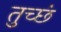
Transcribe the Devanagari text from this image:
तुच्छं